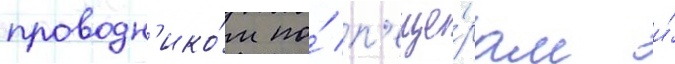
проводн'ико́м по́ п'еще́рам и́